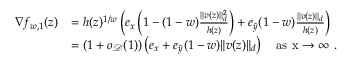
\begin{array} { r l } { \nabla f _ { w , 1 } ( z ) } & { = h ( z ) ^ { 1 / w } \left( e _ { x } \left( 1 - ( 1 - w ) \frac { \| v ( z ) \| _ { d } ^ { 2 } } { h ( z ) } \right) + e _ { \hat { y } } ( 1 - w ) \frac { \| v ( z ) \| _ { d } } { h ( z ) } \right) } \\ & { = ( 1 + o _ { \mathcal D } ( 1 ) ) \left( e _ { x } + e _ { \hat { y } } ( 1 - w ) \| v ( z ) \| _ { d } \right) \quad \mathrm { a s ~ x \to \infty ~ . } } \end{array}